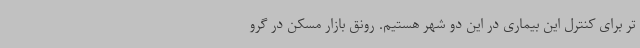
تر برای کنترل این بیماری در این دو شهر هستیم. رونق بازار مسکن در گرو